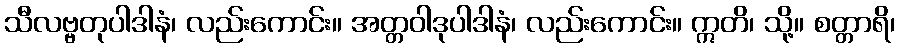
သီလဗ္ဗတုပါဒါနံ၊ လည်းကောင်း။ အတ္တဝါဒုပါဒါနံ၊ လည်းကောင်း။ ဣတိ၊ သို့။ စတ္တာရိ၊